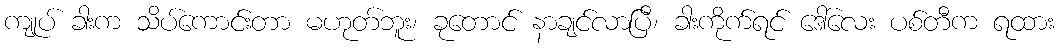
ကျုပ် ခါးက သိပ်ကောင်းတာ မဟုတ်ဘူး၊ ခုတောင် နာချင်လာပြီ၊ ခါးကိုက်ရင် ဒေါ်လေး ပစ်တီက ရထား